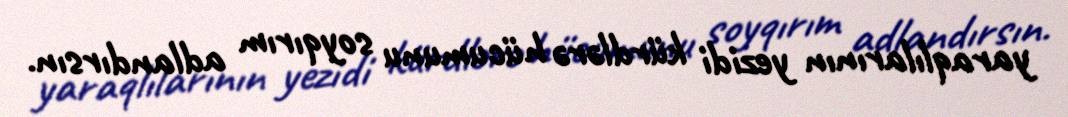
yaraqlılarının yezidi kürdlərə hücumunu soyqırım adlandırsın.